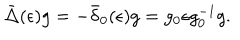
\bar { \Delta } ( \epsilon ) g = - \bar { \delta } _ { 0 } ( \epsilon ) g = g _ { 0 } \epsilon g _ { 0 } ^ { - 1 } g .